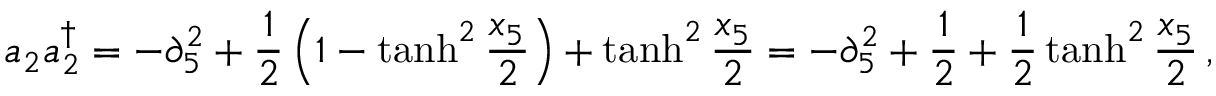
a _ { 2 } a _ { 2 } ^ { \dagger } = - \partial _ { 5 } ^ { 2 } + { \frac { 1 } { 2 } } \left( 1 - \operatorname { t a n h } ^ { 2 } { \frac { x _ { 5 } } { 2 } } \right) + \operatorname { t a n h } ^ { 2 } { \frac { x _ { 5 } } { 2 } } = - \partial _ { 5 } ^ { 2 } + { \frac { 1 } { 2 } } + { \frac { 1 } { 2 } } \operatorname { t a n h } ^ { 2 } { \frac { x _ { 5 } } { 2 } } \, ,